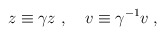
\begin{align*}z\equiv \gamma z\ ,\ \ \ v\equiv \gamma^{-1} v\;,\end{align*}